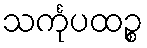
သင်္ကုပထဉ္စ